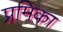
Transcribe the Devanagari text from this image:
प्रमिका